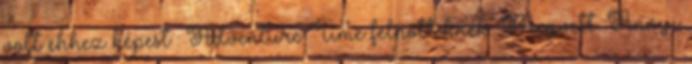
volt ehhez képest : Adventure Time felnőtteknek. Megvett. Annyi